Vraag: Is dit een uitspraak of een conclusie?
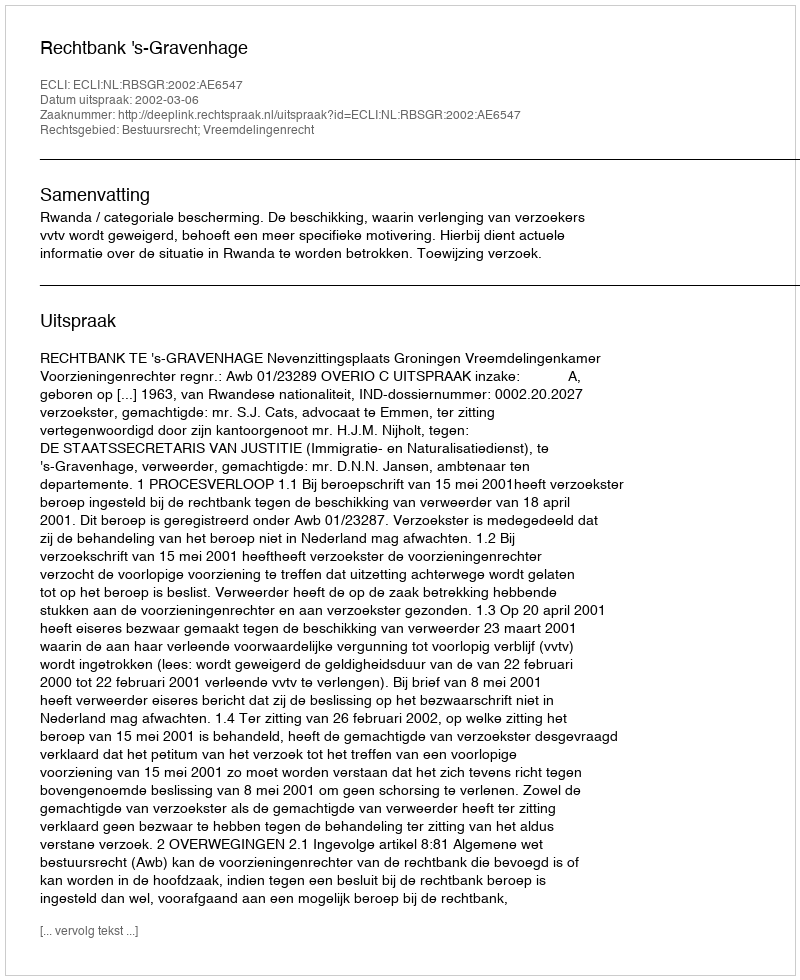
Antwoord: Uitspraak